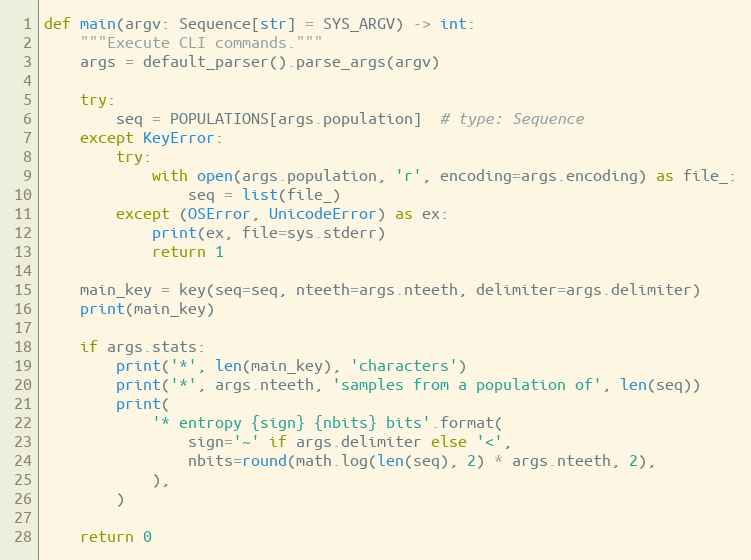
Language: Python
def main(argv: Sequence[str] = SYS_ARGV) -> int:
    """Execute CLI commands."""
    args = default_parser().parse_args(argv)

    try:
        seq = POPULATIONS[args.population]  # type: Sequence
    except KeyError:
        try:
            with open(args.population, 'r', encoding=args.encoding) as file_:
                seq = list(file_)
        except (OSError, UnicodeError) as ex:
            print(ex, file=sys.stderr)
            return 1

    main_key = key(seq=seq, nteeth=args.nteeth, delimiter=args.delimiter)
    print(main_key)

    if args.stats:
        print('*', len(main_key), 'characters')
        print('*', args.nteeth, 'samples from a population of', len(seq))
        print(
            '* entropy {sign} {nbits} bits'.format(
                sign='~' if args.delimiter else '<',
                nbits=round(math.log(len(seq), 2) * args.nteeth, 2),
            ),
        )

    return 0